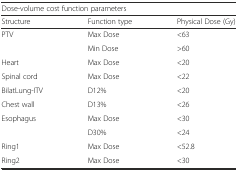
<table><thead><tr><td colspan="3"><b>Dose-volume cost function parameters</b></td></tr><tr><td><b>Structure</b></td><td><b>Function type</b></td><td><b>Physical Dose (Gy)</b></td></tr></thead><tbody><tr><td>PTV</td><td>Max Dose</td><td>&lt;63</td></tr><tr><td></td><td>Min Dose</td><td>&gt;60</td></tr><tr><td>Heart</td><td>Max Dose</td><td>&lt;20</td></tr><tr><td>Spinal cord</td><td>Max Dose</td><td>&lt;22</td></tr><tr><td>BilatLung-ITV</td><td>D12%</td><td>&lt;20</td></tr><tr><td>Chest wall</td><td>D13%</td><td>&lt;26</td></tr><tr><td>Esophagus</td><td>Max Dose</td><td>&lt;30</td></tr><tr><td></td><td>D30%</td><td>&lt;24</td></tr><tr><td>Ring1</td><td>Max Dose</td><td>&lt;52.8</td></tr><tr><td>Ring2</td><td>Max Dose</td><td>&lt;30</td></tr></tbody></table>